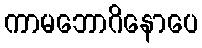
ကာမဘောဂိနောပေ